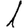
Digit: 1